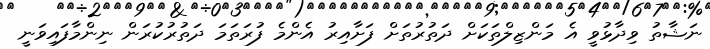
ނަޝާތު ވިދާޅުވީ އެ މަންޒިލްތަކަށް ދަތުރުތަށް ފަށާއިރު އެންމެ ފުރަތަމަ ދަތުރުކުރަން ނިންމާފައިވަނީ